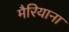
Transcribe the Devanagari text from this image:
मैरियाना